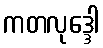
ကတလုဒ္ဒေါ